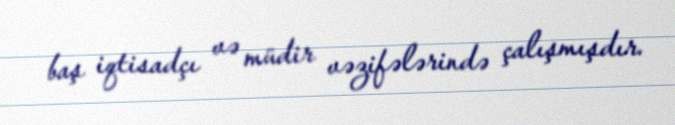
baş iqtisadçı və müdir vəzifələrində çalışmışdır.